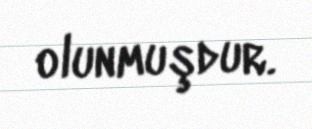
olunmuşdur.